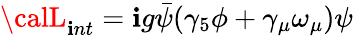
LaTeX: {\calL}_{\mathbf{i}nt}=\mathbf{i}g\bar{{\psi}}(\gamma_{5}\phi+\gamma_{\mu}\omega_{\mu})\psi